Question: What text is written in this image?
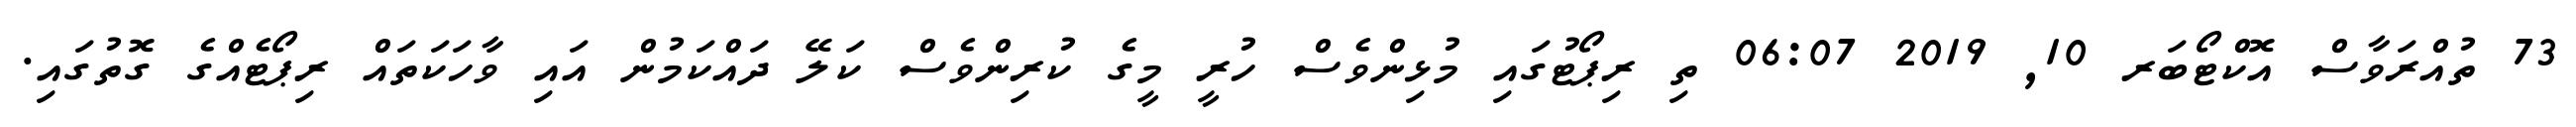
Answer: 73 ތުއްރަވާސް އޮކްޓޯބަރ 10, 2019 06:07 ތި ރިޕޯޓުގައި މުޅިންވެސް ހުރީ މީގެ ކުރިންވެސް ކަލޭ ދައްކަމުން އައި ވާހަކަތައް ރިޕޯޓެއްގެ ގޮތުގައި.